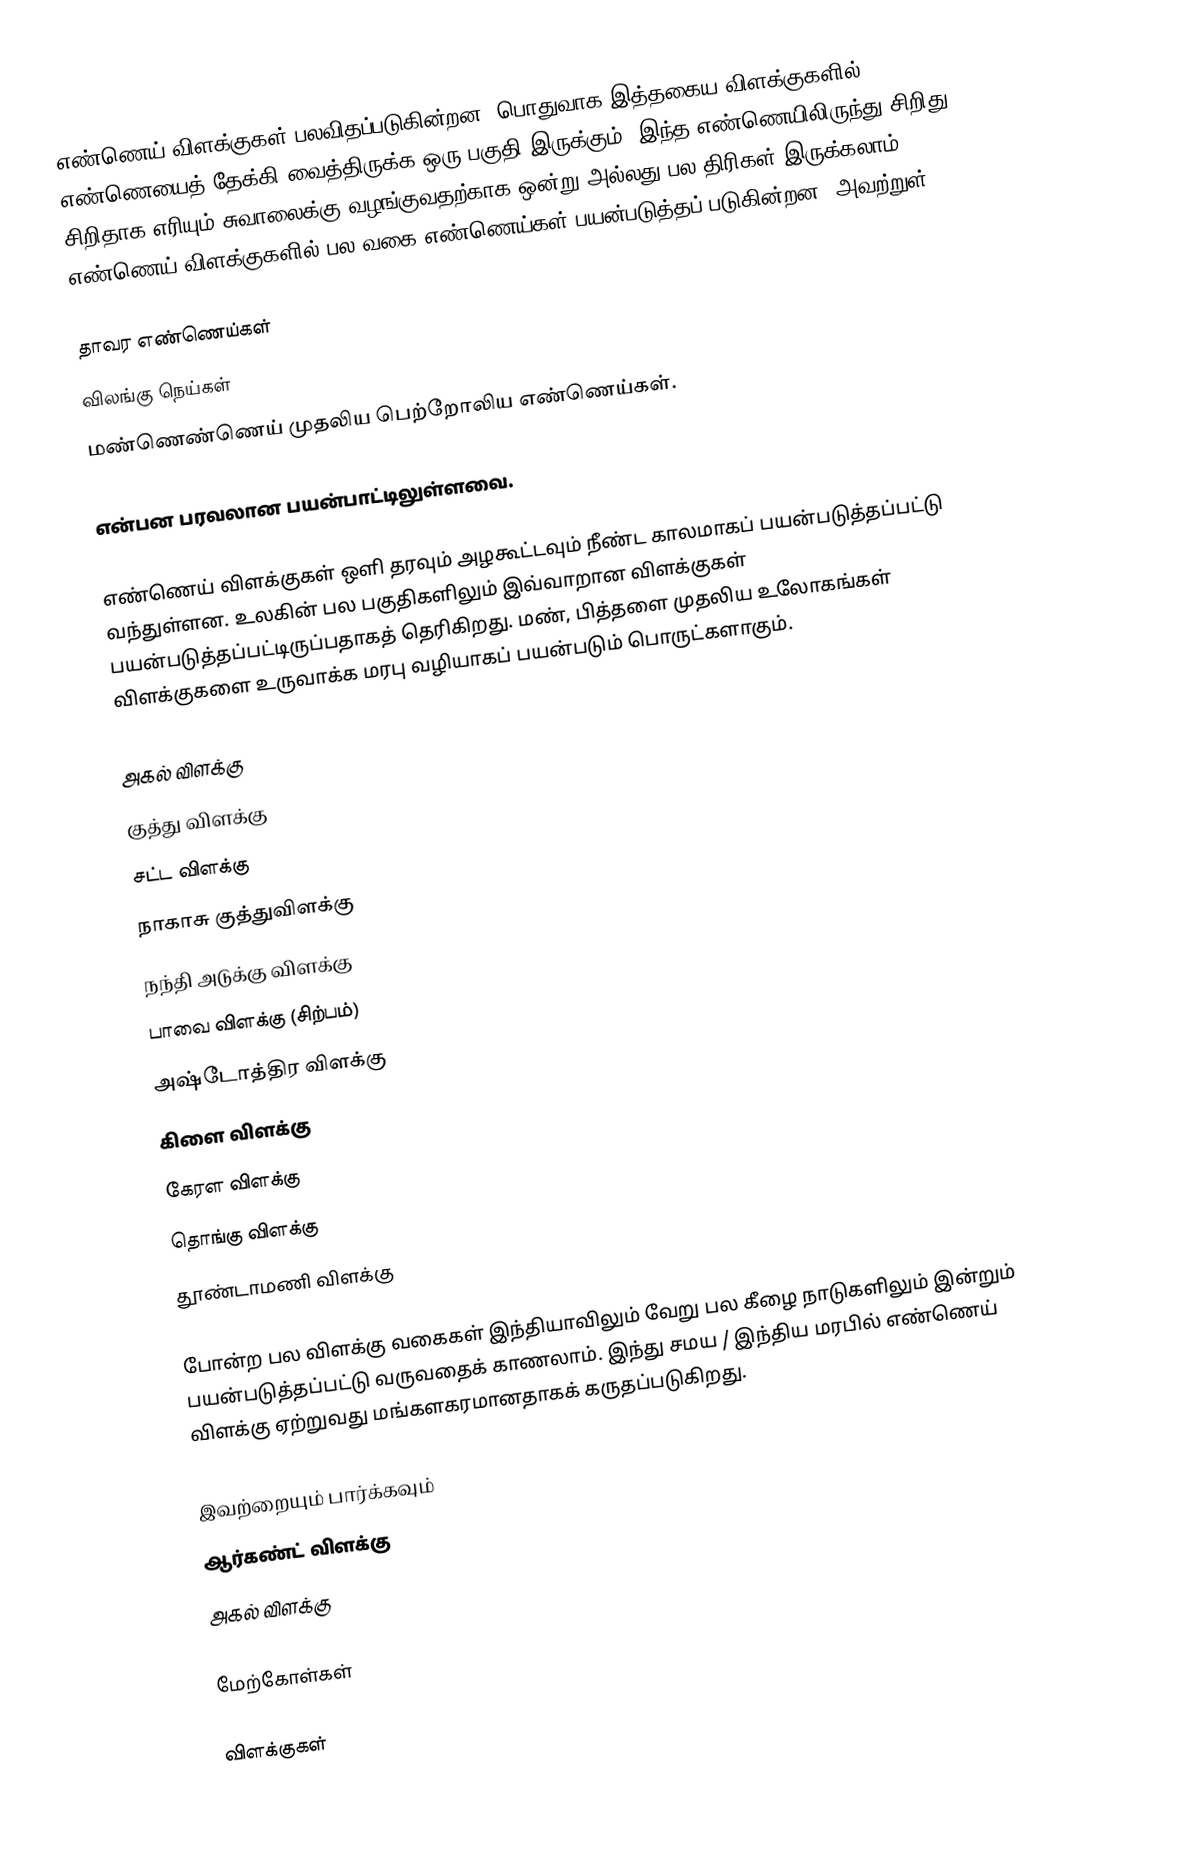
எண்ணெய் விளக்குகள் பலவிதப்படுகின்றன. பொதுவாக இத்தகைய விளக்குகளில் எண்ணெயைத் தேக்கி வைத்திருக்க ஒரு பகுதி இருக்கும். இந்த எண்ணெயிலிருந்து சிறிது சிறிதாக எரியும் சுவாலைக்கு வழங்குவதற்காக ஒன்று அல்லது பல திரிகள் இருக்கலாம். எண்ணெய் விளக்குகளில் பல வகை எண்ணெய்கள் பயன்படுத்தப் படுகின்றன.  அவற்றுள்,

 தாவர எண்ணெய்கள்
 விலங்கு நெய்கள்
 மண்ணெண்ணெய் முதலிய பெற்றோலிய எண்ணெய்கள்.

என்பன பரவலான பயன்பாட்டிலுள்ளவை.

எண்ணெய் விளக்குகள் ஒளி தரவும் அழகூட்டவும் நீண்ட காலமாகப் பயன்படுத்தப்பட்டு வந்துள்ளன. உலகின் பல பகுதிகளிலும் இவ்வாறான விளக்குகள் பயன்படுத்தப்பட்டிருப்பதாகத் தெரிகிறது. மண், பித்தளை முதலிய உலோகங்கள் விளக்குகளை உருவாக்க மரபு வழியாகப் பயன்படும் பொருட்களாகும்.

 அகல் விளக்கு
 குத்து விளக்கு
 சட்ட விளக்கு
 நாகாசு குத்துவிளக்கு
 நந்தி அடுக்கு விளக்கு
 பாவை விளக்கு (சிற்பம்)
 அஷ்டோத்திர விளக்கு
 கிளை விளக்கு
 கேரள விளக்கு
 தொங்கு விளக்கு
 தூண்டாமணி விளக்கு

போன்ற பல விளக்கு வகைகள் இந்தியாவிலும் வேறு பல கீழை நாடுகளிலும் இன்றும் பயன்படுத்தப்பட்டு வருவதைக் காணலாம். இந்து சமய / இந்திய மரபில் எண்ணெய் விளக்கு ஏற்றுவது மங்களகரமானதாகக் கருதப்படுகிறது.

இவற்றையும் பார்க்கவும்
 ஆர்கண்ட் விளக்கு
 அகல் விளக்கு

மேற்கோள்கள்

விளக்குகள்